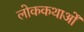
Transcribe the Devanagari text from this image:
लोककथाओँ